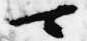
可